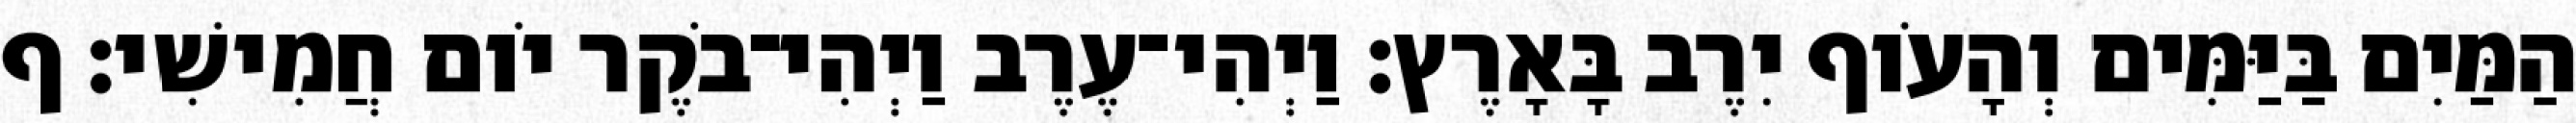
הַמַּיִם בַּיַּמִּים וְהָעֹוף יִרֶב בָּאָרֶץ׃ וַיְהִי־עֶרֶב וַיְהִי־בֹקֶר יֹום חֲמִישִׁי׃ ף